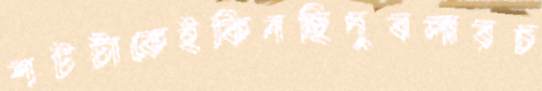
শটটাকেইকিনছিদুবলারচ